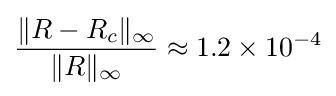
{\frac {\|R-R_{c}\|_{\infty }}{\|R\|_{\infty }}}\approx 1.2\times 10^{-4}